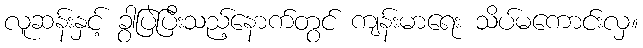
လူဆန်းနှင့် ခွာပြဲပြီးသည့်နောက်တွင် ကျန်းမာရေး သိပ်မကောင်းလှ။